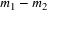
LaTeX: m _ { 1 } - m _ { 2 }